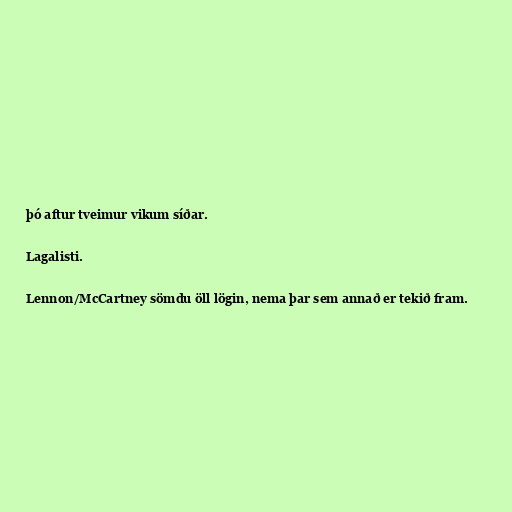
þó aftur tveimur vikum síðar.

Lagalisti.

Lennon/McCartney sömdu öll lögin, nema þar sem annað er tekið fram.